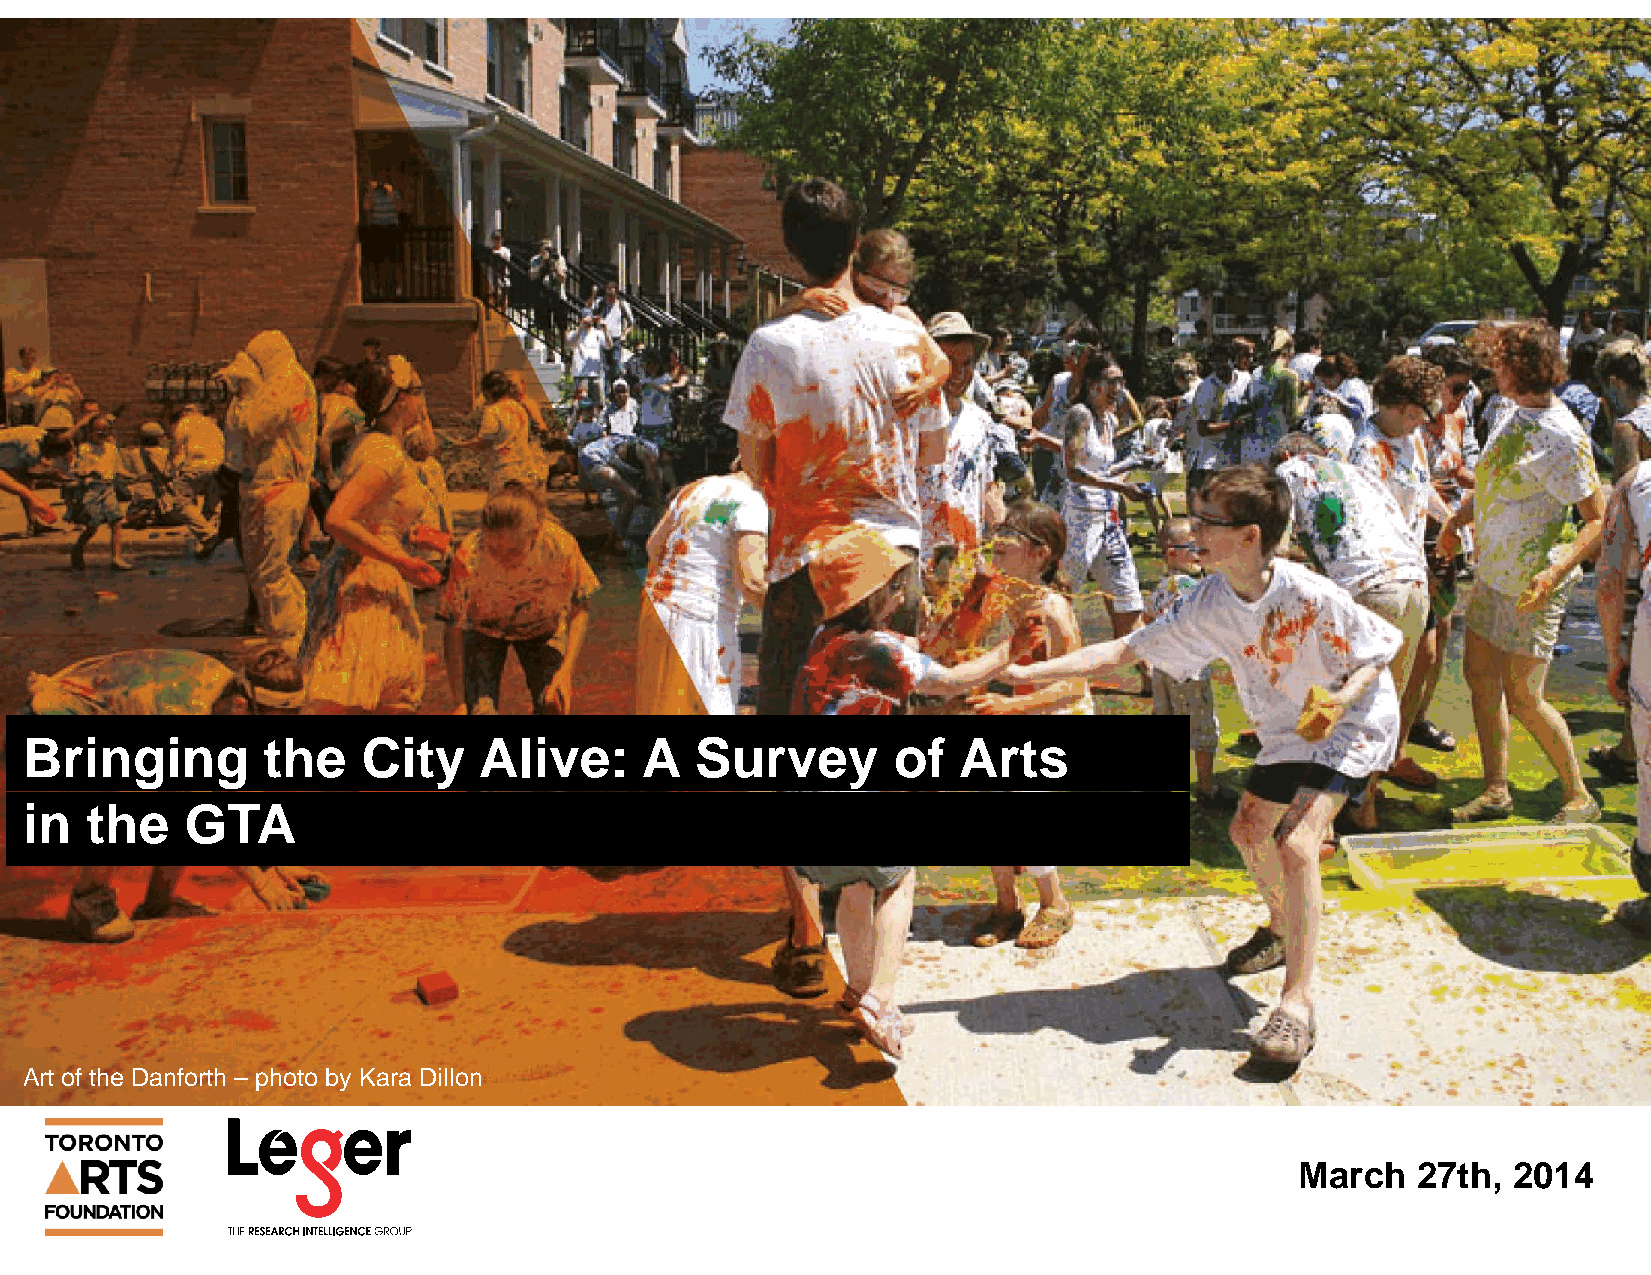
Bringing       the    City    Alive:    A   Survey       of  Arts
 in  the   GTA
 Art of the Danforth – photo by Kara Dillon
 March   27th, 2014